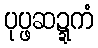
ပုပ္ဖဆဍ္ဍကံ